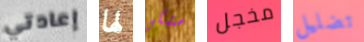
إعادتي لها ستبكي مخجل تضليل